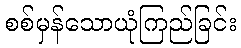
စစ်မှန်သောယုံကြည်ခြင်း